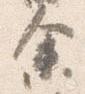
余